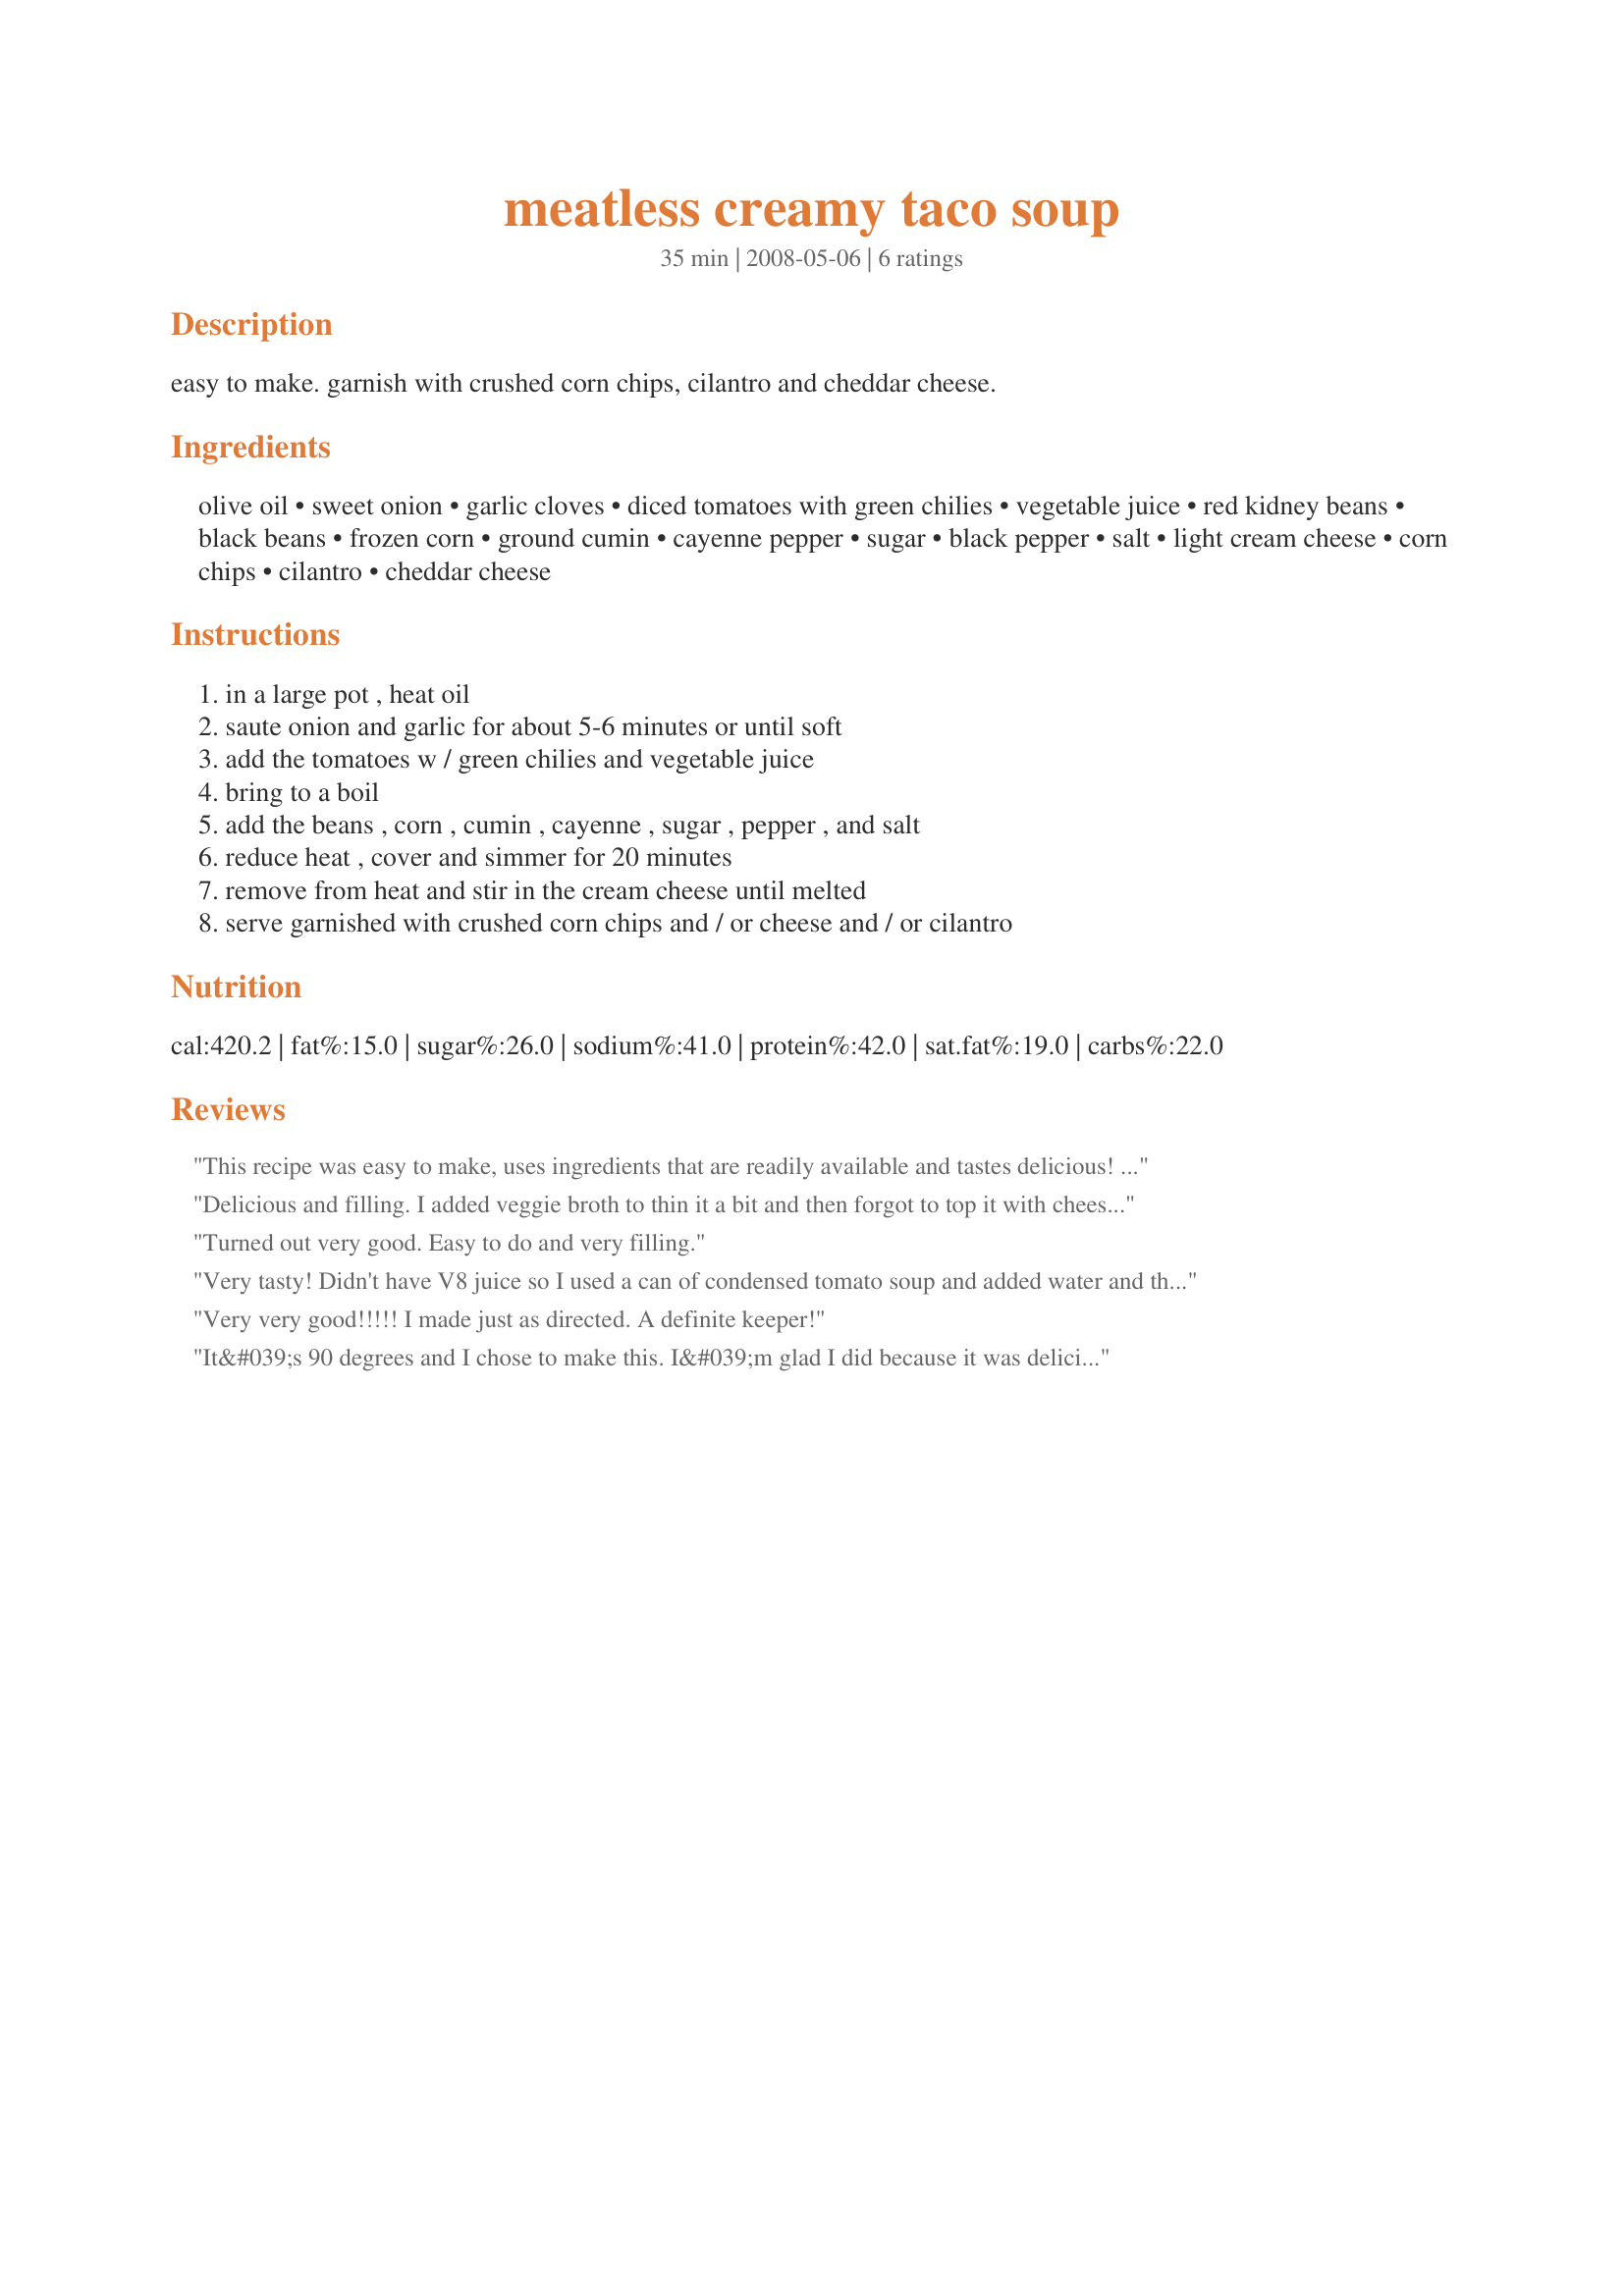
meatless creamy taco soup
Preparation time: 35 minutes

easy to make. garnish with crushed corn chips, cilantro and cheddar cheese.

Ingredients:
olive oil, sweet onion, garlic cloves, diced tomatoes with green chilies, vegetable juice, red kidney beans, black beans, frozen corn, ground cumin, cayenne pepper, sugar, black pepper, salt, light cream cheese, corn chips, cilantro, cheddar cheese

Steps:
in a large pot , heat oil, saute onion and garlic for about 5-6 minutes or until soft, add the tomatoes w / green chilies and vegetable juice, bring to a boil, add the beans , corn , cumin , cayenne , sugar , pepper , and salt, reduce heat , cover and simmer for 20 minutes, remove from heat and stir in the cream cheese until melted, serve garnished with crushed corn chips and / or cheese and / or cilantro

Reviews:
This recipe was easy to make, uses ingredients that are readily available and tastes delicious! I subbed pinto beans for kidney beans because that's what I had and I doubled the garlic, which is usual for me. I loved the cream cheese in it as it gave it a delicious creamy flavor. I topped it with crushed tostitos and sharp cheddar cheese. I highly recommend this recipe! Thanks for sharing it Parsley!
Delicious and filling. I added veggie broth to thin it a bit and then forgot to top it with cheese before serving, but nobody missed it. Thanks for sharing the recipe.
Turned out very good. Easy to do and very filling.
Very tasty! Didn't have V8 juice so I used a can of condensed tomato soup and added water and that worked just fine. I also didn't have corn chips so we used tortilla chips. The cream cheese really takes this dish to another level. A tasty meal!
Very very good!!!!! I made just as directed. A definite keeper!
It&#039;s 90 degrees and I chose to make this. I&#039;m glad I did because it was delicious, DH raved about it also. I did use 4 oz. of cream cheese and added more juice and water to make it not so thick. Served it with corn chips and cheese. We&#039;ll be making this again whatever the weather outside. Thank you!
